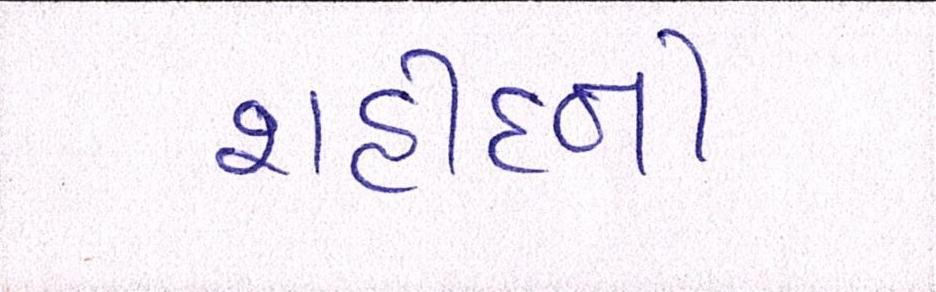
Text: શહીદની